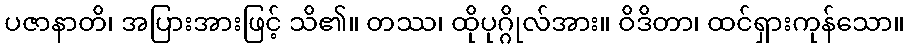
ပဇာနာတိ၊ အပြားအားဖြင့် သိ၏။ တဿ၊ ထိုပုဂ္ဂိုလ်အား။ ဝိဒိတာ၊ ထင်ရှားကုန်သော။